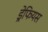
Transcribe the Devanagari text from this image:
ड्रेफियस